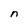
Character: n